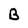
Character: B